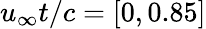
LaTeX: u_{\infty}t/c=[0,0.85]